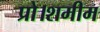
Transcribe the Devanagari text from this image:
प्रो।शमीम